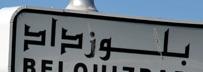
بلوزداد